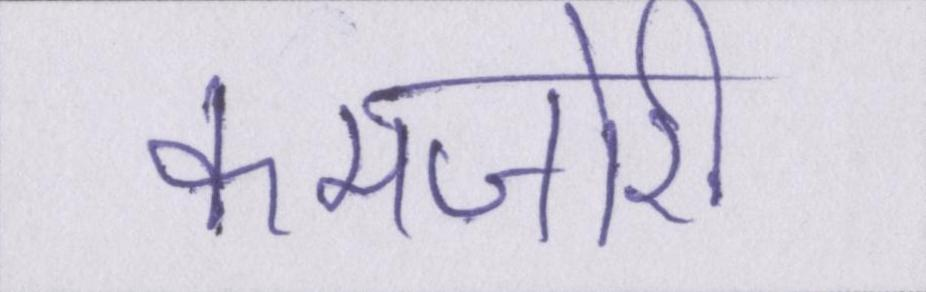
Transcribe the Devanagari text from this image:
कमजोरी